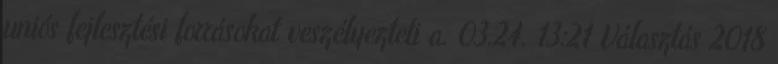
uniós fejlesztési forrásokat veszélyezteti a. 03.24. 13:21 Választás 2018